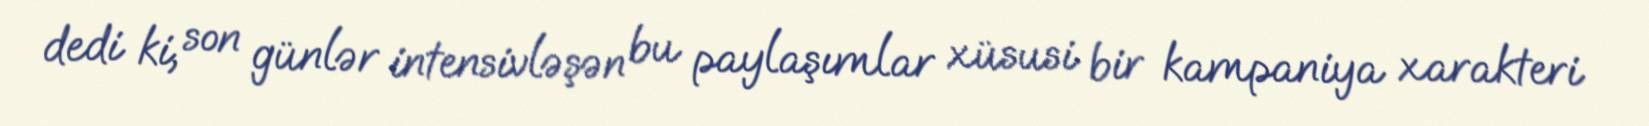
dedi ki, son günlər intensivləşən bu paylaşımlar xüsusi bir kampaniya xarakteri